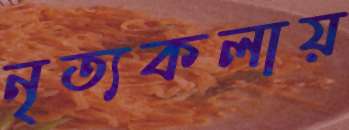
নৃত্যকলায়